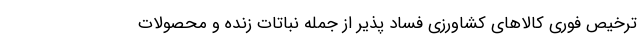
ترخیص فوری کالاهای کشاورزی فساد پذیر از جمله نباتات زنده و محصولات